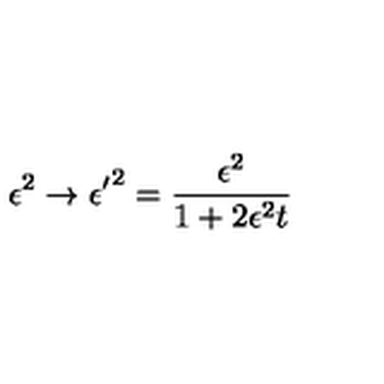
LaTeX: \epsilon ^ { 2 } \rightarrow { \epsilon ^ { \prime } } ^ { 2 } = \frac { \epsilon ^ { 2 } } { 1 + 2 \epsilon ^ { 2 } t }